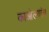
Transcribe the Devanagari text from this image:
काओल्यांग